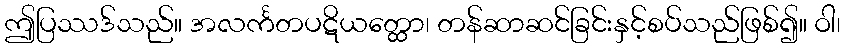
ဤပြဿဒ်သည်။ အလင်္ကတပဋိယတ္ထော၊ တန်ဆာဆင်ခြင်းနှင့်စပ်သည်ဖြစ်၍။ ဝါ၊